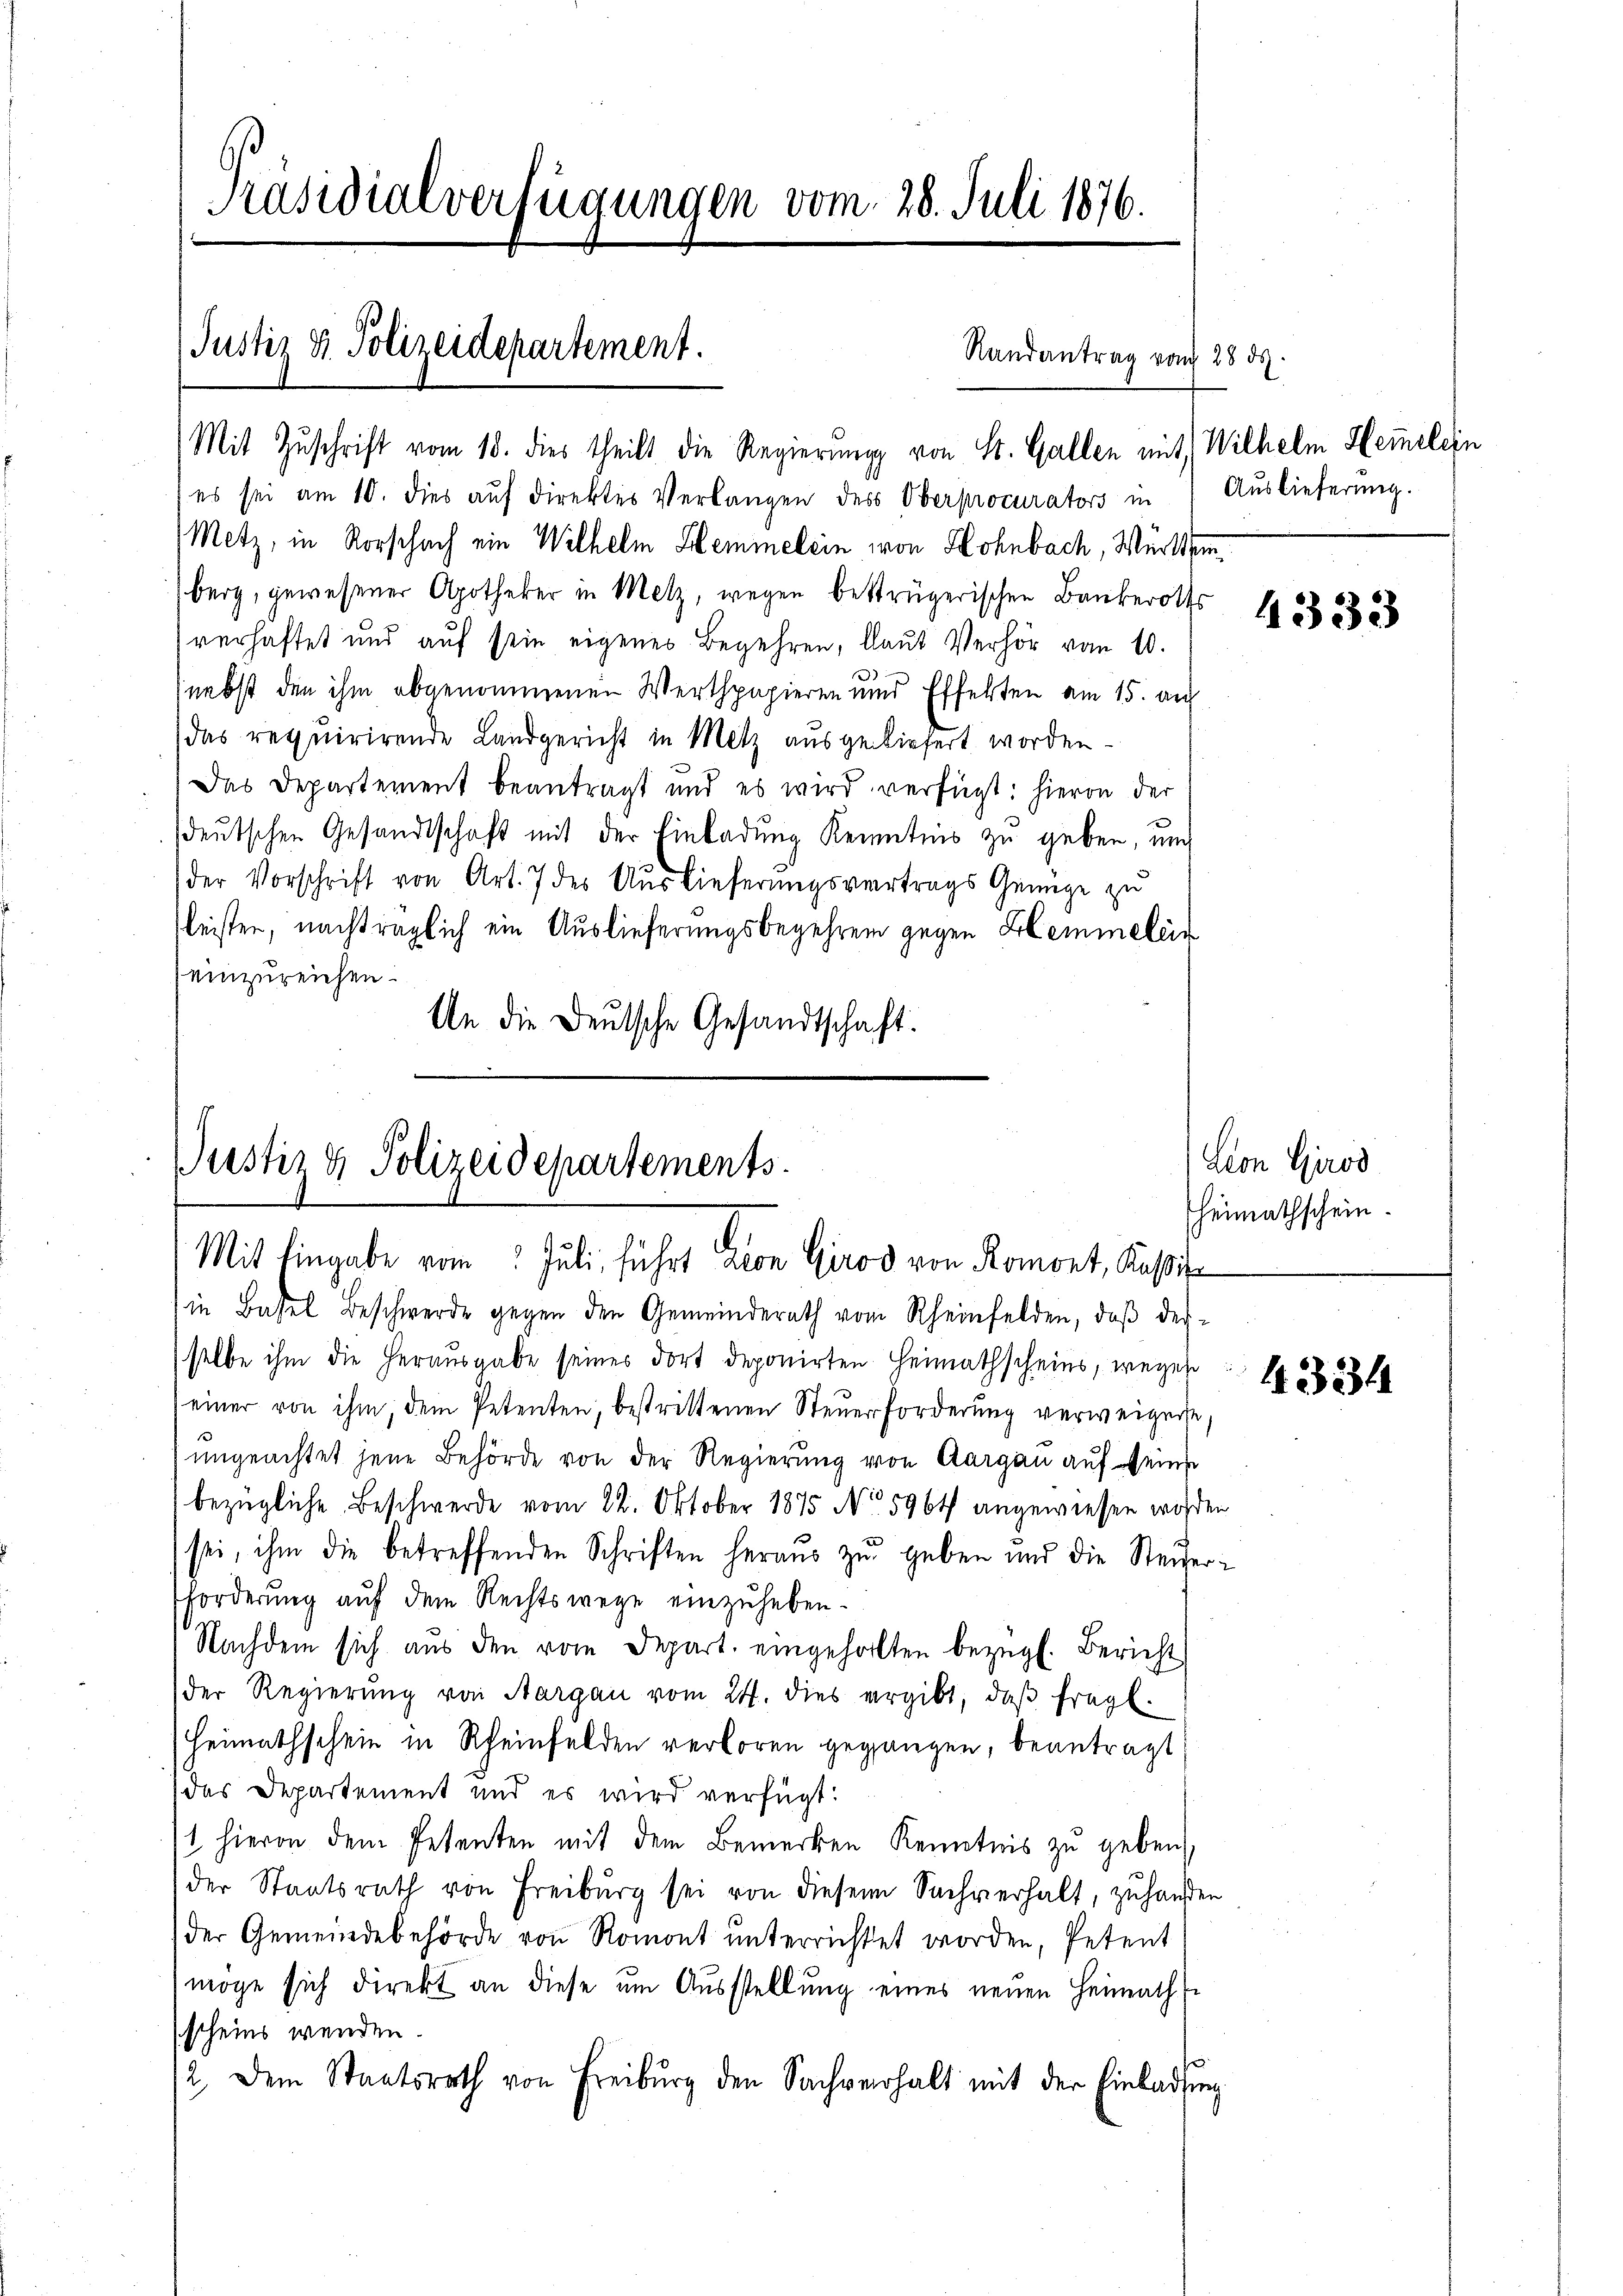
Präsidialverfügungen vom 28. Juli 1876.

Justiz & Polizeidepartement.

Justiz & Polizeidepartements.
Mit Eingabe vom Juli, führt aron Girod von Romont, Kassiz

Randantrag vom 28 d.

Mit Zuschrift vom 18. dies theilt die Regierung von St. Gallen mit Wilhelm Hemmelein
es sei am 10. dies aŭf direktes Verlangen des Oberprocurators in Auslieferŭng.
Metz, in Vorschach ein Wilhelm Hemmelein von Hohnbach, Württem
berg, gewesener Apotheker in Metz, wegen bestrügerischen Bankerotts
verhaftet und aŭf sein eigenes Begehren, laŭt Verhör vom 10.
.
(nebst den ihm abgenommenen Werthpapieren und Effekten am 15. auf
das requirirende Landgericht in Metz ausgeliefert worden.
Das Departement beantragt und es wird verfügt: hievon der
sdeutschen Gesandtschaft mit der Einladung Kenntnis zu geben, und
der Vorschrift von Art. 7 des Auslieferungsvertrags Genüge zu
leister, nachträglich ein Auslieferungsbegehren gegen Hemmeleis
einzureichen.
An die Deutsche Gesandtschaft.

in Basel beschwerde gegen den Gemeinderath vom Rheinfelden, daβ der-
selbe ihm die herausgabe seines dort deponirten Heimathscheins, wegen
einer von ihm, dem Petenten, bestrittenen Steŭerforderung verweigeist,
ungeachtet jene Behörde von der Regierung von Aargau auf seine
bezügliche Beschwerde vom 22. Oktober 1875 No 5964 angewiesen worden
sei, ihm die betreffenden Schriften heraus zu geben und die Steiger-
Forderung auf dem Rechtswege einzuheben.
Nachdem sich aus den vom Depart. eingeholten bezügl. Bericht
der Regierung von Aargau vom 24. dies ergibt, daβ fragt.
Heimathschein in Rheinfelden verloren gegangen, beantragt
das Departement und es wird verfügt:
1 hievon dem Petenten mit dem Bemerken Kenntnis zŭ geben,
der Staatsrath von Freiburg sei von diesem Sachverhalt, zuhausen
der Gemeindebehörde von Romont ŭnterrichtet worden, Petent
möge sich direkt an diese um Ausstellung eines neuen Heimath
scheins wenden.
d
12. Dem Staatsrath von Freiburg den Sachverhalt mit der Einladung

4333

Lion Girod
heimathschein.

1334